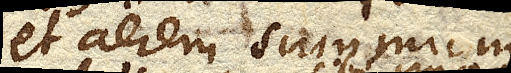
et aerem summum